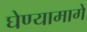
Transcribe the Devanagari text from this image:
घेण्यामागे